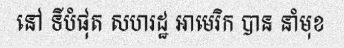
នៅ ទីបំផុត សហរដ្ឋ អាមេរិក បាន នាំមុខ